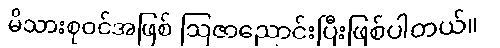
မိသားစုဝင်အဖြစ် ဩဇာညောင်းပြီးဖြစ်ပါတယ်။